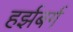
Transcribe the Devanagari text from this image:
हर्झबर्ग